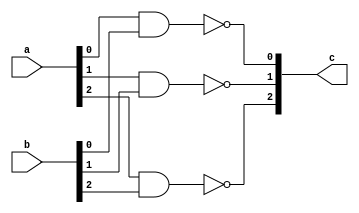
`timescale 1ns / 1ps
//////////////////////////////////////////////////////////////////////////////////
// Company: 
// Engineer: 
// 
// Design Name: 
// Module Name:    Nand_gate 
// Project Name: 
// Target Devices: 
// Tool versions: 
// Description: 
//
// Dependencies: 
//
// Revision: 
// Revision 0.01 - File Created
// Additional Comments: 
//
//////////////////////////////////////////////////////////////////////////////////
module Nand_gate(
input wire [2:0] a,b,
output wire [2:0] c
    );
assign c[0]=~(a[0]&b[0]);
assign c[1]=~(a[1]&b[1]);
assign c[2]=~(a[2]&b[2]);

endmodule